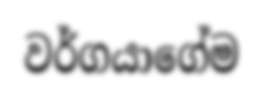
වර්ගයාගේම